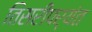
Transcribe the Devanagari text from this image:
तिसरीपर्यंत